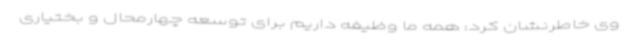
وی خاطرنشان کرد: همه ما وظیفه داریم برای توسعه چهارمحال و بختیاری